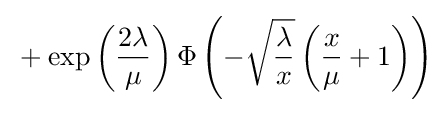
{}+\exp \left({\frac {2\lambda }{\mu }}\right)\Phi \left(-{\sqrt {\frac {\lambda }{x}}}\left({\frac {x}{\mu }}+1\right)\right)